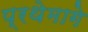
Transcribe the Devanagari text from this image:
प्रथेमागे